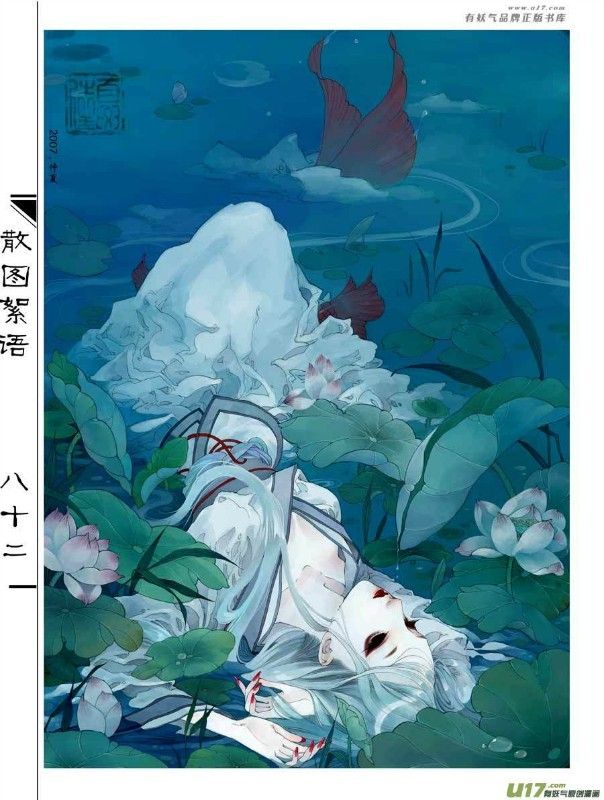
绿衣监使守宫门，一闭上阳多少春。